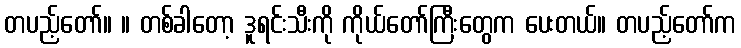
တပည့်တော်။ ။ တစ်ခါတော့ ဒူရင်းသီးကို ကိုယ်တော်ကြီးတွေက ပေးတယ်။ တပည့်တော်က